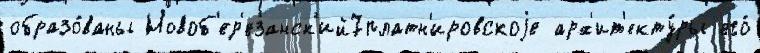
образо́ваны Новоб'ер'езанск'ий7платн'ировскоjе арх'ит'екту́ры его́